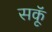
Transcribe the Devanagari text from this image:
सकॅू